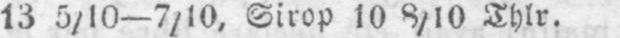
13 5/10-7/10, Sirop 10 8/10 Thlr.